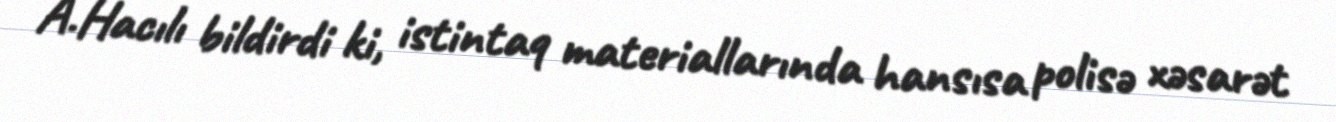
A.Hacılı bildirdi ki, istintaq materiallarında hansısa polisə xəsarət